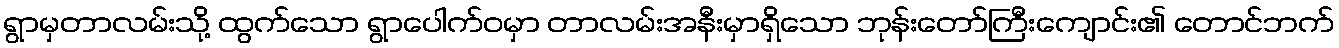
ရွာမှတာလမ်းသို့ ထွက်သော ရွာပေါက်ဝမှာ တာလမ်းအနီးမှာရှိသော ဘုန်းတော်ကြီးကျောင်း၏ တောင်ဘက်